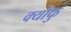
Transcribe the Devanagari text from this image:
क्योफु